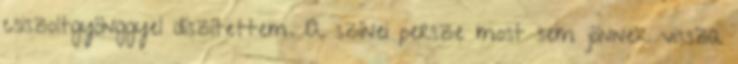
csiszoltgyönggyel díszítettem. A színei persze most sem jönnek vissza